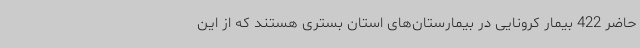
حاضر 422 بیمار کرونایی در بیمارستان‌های استان بستری هستند که از این